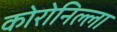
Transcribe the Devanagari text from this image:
कोरोनिल्ला